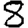
Digit: 8